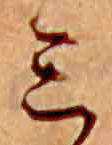
ミ